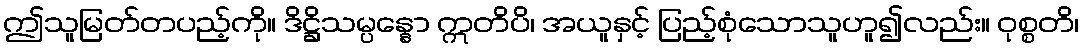
ဤသူမြတ်တပည့်ကို။ ဒိဋ္ဌိသမ္ပန္နော ဣတိပိ၊ အယူနှင့် ပြည့်စုံသောသူဟူ၍လည်း။ ဝုစ္စတိ၊